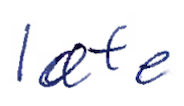
Text: late
Cross-out: clean
Writing tool: ballpoint